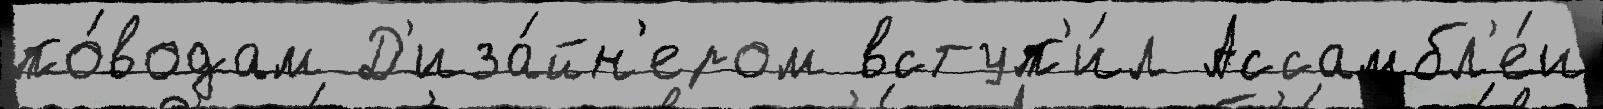
по́водам Д'иза́йн'ером вступ'и́л Ассамбл'е́и